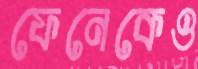
ফেনেকেও